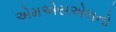
એમએસએલનો